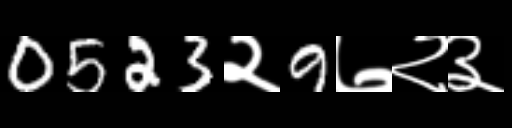
Text: 0523२9७२३